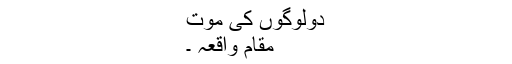
دولوگوں کی موت
مقام واقعہ ۔